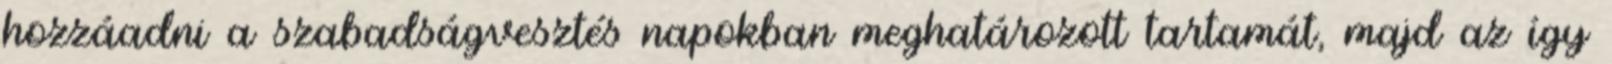
hozzáadni a szabadságvesztés napokban meghatározott tartamát, majd az így